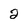
Character: 2